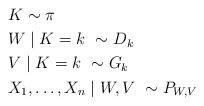
LaTeX: \begin{align*}~~~~ & K\sim \pi \\~~~~ & W \mid K = k \,\,\sim D_k \\~~~~ & V \mid K = k \,\,\sim G_k \\~~~~ & X_1,\ldots,X_n \mid W,V \,\,\sim P_{W,V} \end{align*}